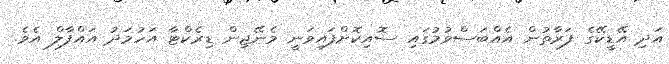
އަދި އޭޑީކޭގެ ފަރާތުން އެއްބަސްވުމުގައި ސޮއިކޮށްފައިވަނީ މެނޭޖިން ޑިރެކްޓާ އަހުމަދު އައްފާލް އެވެ.